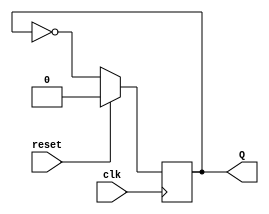
`timescale 1ns / 1ps

module clock_divide_by_2(clk,reset,Q);
input clk,reset;
output reg Q;
always @(posedge clk) //synchronous reset 
begin
if(reset)
Q<=1'b0;
else
Q<=~Q;
end
endmodule